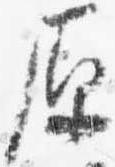
原